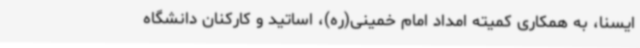
ایسنا، به همکاری کمیته امداد امام خمینی(ره)، اساتید و کارکنان دانشگاه